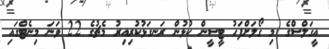
އީގަލްސްގެ މި ގޯލަށްފަހު ޓީސީން ކުޅުން ރަނގަޅުކުރިއިރު މެޗުގެ 22 ވަނަ މިނެޓްގައި